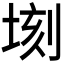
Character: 𪣫